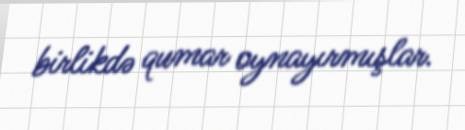
birlikdə qumar oynayırmışlar.